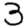
Digit: 3